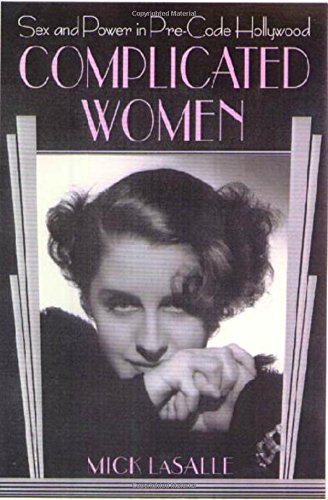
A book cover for Complicated Women: Sex and Power in Pre-Code Hollywood; Mick LaSalle; Politics & Social Sciences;